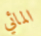
المائي